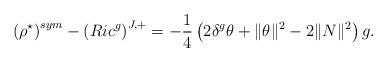
LaTeX: \begin{align*} \left(\rho^\star\right)^{sym}-\left(Ric^g\right)^{J,+}=-\frac{1}{4}\left(2\delta^g\theta+\|\theta\|^2-2\|N\|^2\right)g. \end{align*}